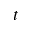
t